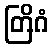
တြိဂံ